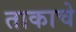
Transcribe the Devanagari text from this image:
ताकाचे